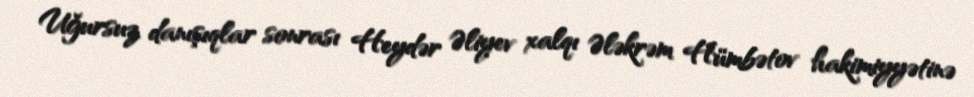
Uğursuz danışıqlar sonrası Heydər Əliyev xalqı Ələkrəm Hümbətov hakimiyyətinə